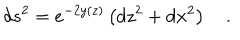
d s ^ { 2 } = e ^ { - 2 y ( z ) } \left( d z ^ { 2 } + d { \bf x } ^ { 2 } \right) \quad .